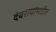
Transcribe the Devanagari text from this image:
देवरायांमधील